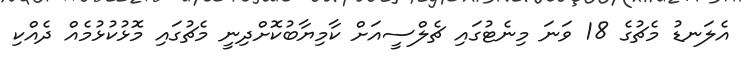
އެލަނޑު މެޗުގެ 18 ވަނަ މިނެޓުގައި ޗެލްސީއަށް ކާމިޔާބުކޮށްދިނީ މެޗުގައި މޮޅުކުޅުމެއް ދެއްކި